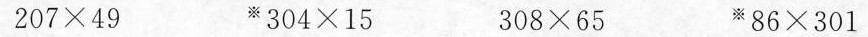
$$2 0 7 \times 4 9$$ $$^{※} 3 0 4 \times 1 5$$ $$ 3 0 8 \times 6 5$$ $$ ※86 \times 3 0 1$$